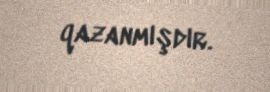
qazanmışdır.